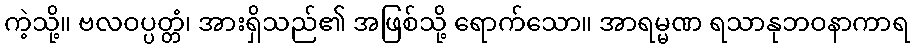
ကဲ့သို့။ ဗလဝပ္ပတ္တံ၊ အားရှိသည်၏ အဖြစ်သို့ ရောက်သော။ အာရမ္မဏ ရသာနုဘဝနာကာရ